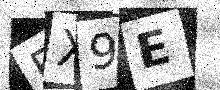
Text: FX9E